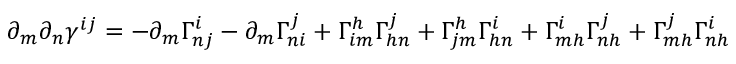
\partial _ { m } \partial _ { n } \gamma ^ { i j } = - \partial _ { m } \Gamma _ { n j } ^ { i } - \partial _ { m } \Gamma _ { n i } ^ { j } + \Gamma _ { i m } ^ { h } \Gamma _ { h n } ^ { j } + \Gamma _ { j m } ^ { h } \Gamma _ { h n } ^ { i } + \Gamma _ { m h } ^ { i } \Gamma _ { n h } ^ { j } + \Gamma _ { m h } ^ { j } \Gamma _ { n h } ^ { i }